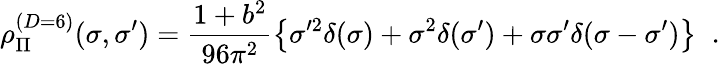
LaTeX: \rho_{\Pi}^{(D=6)}(\sigma,\sigma^{\prime})={\frac{1+b^{2}}{96\pi^{2}}}\big\{ \sigma^{\prime 2}\delta(\sigma)+\sigma^{2}\delta(\sigma^{\prime})+\sigma\sigma^{\prime}\delta(\sigma-\sigma^{\prime})\big\} \; \; .